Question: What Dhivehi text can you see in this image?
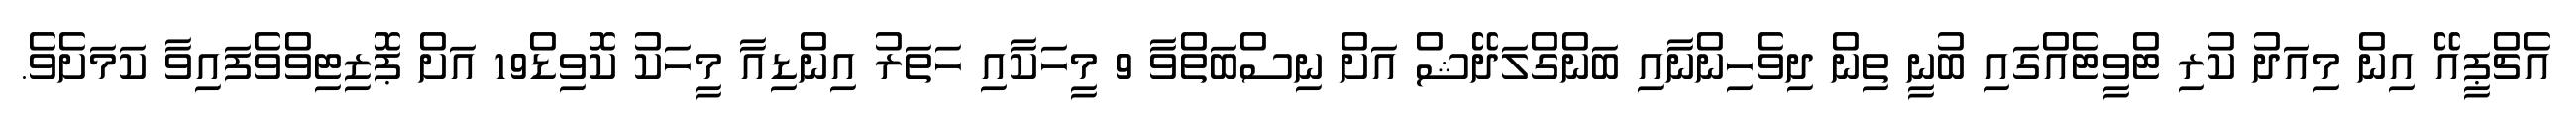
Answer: އެޗްޕީއޭ އިން މިއަދު ކުރި ޓްވީޓެއްގައި ބުނީ ތިން ދިވެހިންނާއި ބަންގްލަދޭޝް އަށް ނިސްބަތްވާ 9 މީހަކާއި ހަތަރު އިންޑިއާ މީހަކު ކޮވިޑް19 އަށް ޕޮޒިޓިވްވެފައިވާ ކަމަށެވެ.